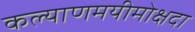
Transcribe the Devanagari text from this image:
कल्याणमयीमोक्षदा